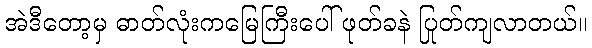
အဲဒီတော့မှ ဓာတ်လုံးကမြေကြီးပေါ် ဖုတ်ခနဲ ပြုတ်ကျလာတယ်။